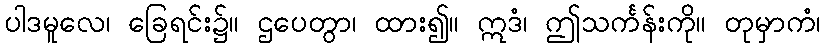
ပါဒမူလေ၊ ခြေရင်း၌။ ဌပေတွာ၊ ထား၍။ ဣဒံ၊ ဤသင်္ကန်းကို။ တုမှာကံ၊